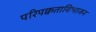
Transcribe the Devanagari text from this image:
परिपक्वताविभाजन